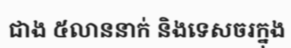
ជាង ៥លាននាក់ និងទេសចរក្នុង